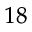
^ { 1 8 }